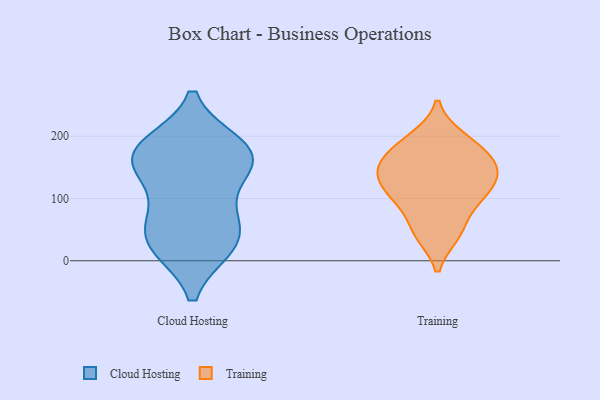
{"axis": {"x": "Website Visitors", "y": "Value"}, "legend": ["Cloud Hosting", "Training"], "data": [{"x": "", "y": 184, "type": "Cloud Hosting"}, {"x": "", "y": 172, "type": "Cloud Hosting"}, {"x": "", "y": 29, "type": "Cloud Hosting"}, {"x": "", "y": 172, "type": "Cloud Hosting"}, {"x": "", "y": 174, "type": "Cloud Hosting"}, {"x": "", "y": 140, "type": "Cloud Hosting"}, {"x": "", "y": 71, "type": "Cloud Hosting"}, {"x": "", "y": 24, "type": "Cloud Hosting"}, {"x": "", "y": 154, "type": "Cloud Hosting"}, {"x": "", "y": 68, "type": "Cloud Hosting"}, {"x": "", "y": 24, "type": "Cloud Hosting"}, {"x": "", "y": 169, "type": "Training"}, {"x": "", "y": 145, "type": "Training"}, {"x": "", "y": 197, "type": "Training"}, {"x": "", "y": 47, "type": "Training"}, {"x": "", "y": 94, "type": "Training"}, {"x": "", "y": 43, "type": "Training"}, {"x": "", "y": 150, "type": "Training"}, {"x": "", "y": 117, "type": "Training"}, {"x": "", "y": 150, "type": "Training"}, {"x": "", "y": 124, "type": "Training"}, {"x": "", "y": 99, "type": "Training"}, {"x": "", "y": 187, "type": "Training"}]}